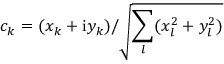
c _ { k } = ( x _ { k } + \mathrm { i } y _ { k } ) / \sqrt { \sum _ { l } ( x _ { l } ^ { 2 } + y _ { l } ^ { 2 } ) }